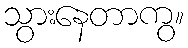
သွားနေတာကွ။